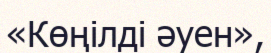
«Көңілді әуен»,